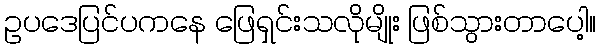
ဥပဒေပြင်ပကနေ ဖြေရှင်းသလိုမျိုး ဖြစ်သွားတာပေါ့။